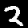
Label: 2